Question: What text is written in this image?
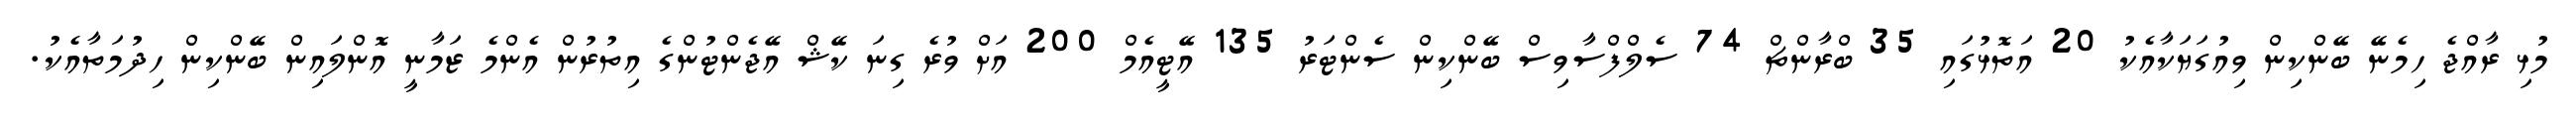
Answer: މުޅި ރާއްޖެ ހިމެނޭ ބޭންކިން ވިއުގަޔަކާއެކު 20 އަތޮޅުގައި 35 ބްރާންޗް 74 ސެލްފްސާވިސް ބޭންކިން ސެންޓަރު 135 އޭޓީއެމް 200 އަށް ވުރެ ގިނަ ކޭޝް އޭޖެންޓުންގެ އިތުރުން އެންމެ ޒަމާނީ އޮންލައިން ބޭންކިން ހިދުމަތާއެކު.